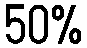
50%